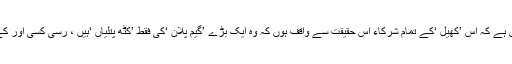
یہ ضروری نہیں ہے کہ اس ’کھیل ‘کے تمام شرکاء اس حقیقت سے واقف ہوں کہ وہ ایک بڑے ’گیم پلان ‘کی فقط ’کٹھ پتلیاں ‘ہیں ، رسی کسی اور کے ہاتھ میں ہے ۔